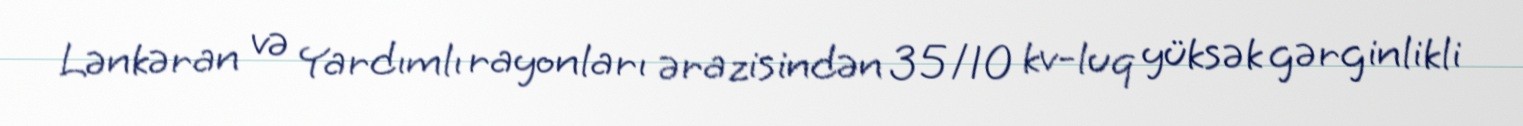
Lənkəran və Yardımlı rayonları ərazisindən 35/10 kv-luq yüksək gərginlikli